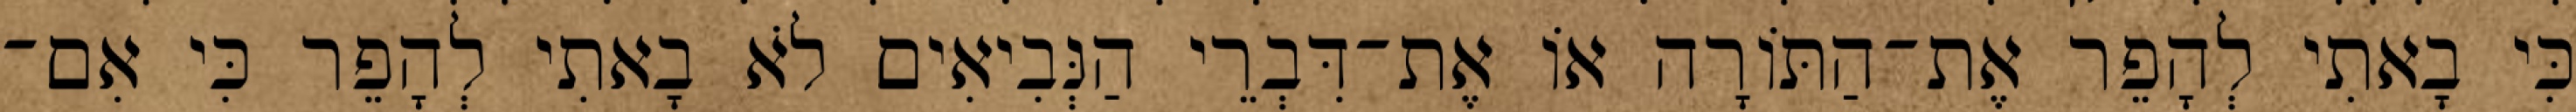
כִּי בָאתִי לְהָפֵר אֶת־הַתּוֹרָה אוֹ אֶת־דִּבְרֵי הַנְּבִיאִים לֹא בָאתִי לְהָפֵר כִּי אִם־